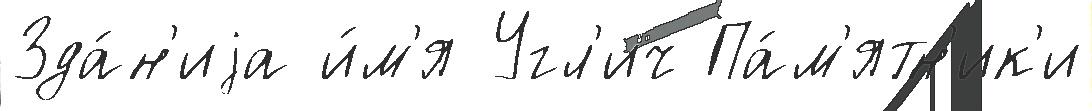
Зда́н'иjа и́м'я Угл'ич Па́м'ятн'ик'и